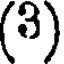
(3)